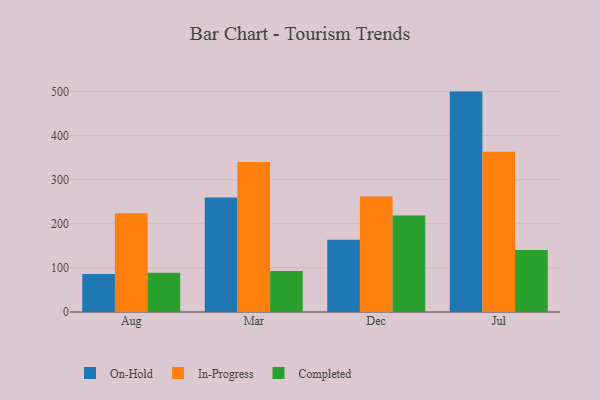
{"axis": {"x": "Month", "y": "Tickets Resolved"}, "legend": ["Completed", "In-Progress", "On-Hold"], "data": [{"x": "Aug", "y": 86.0, "type": "On-Hold"}, {"x": "Aug", "y": 223.9, "type": "In-Progress"}, {"x": "Aug", "y": 88.8, "type": "Completed"}, {"x": "Mar", "y": 259.5, "type": "On-Hold"}, {"x": "Mar", "y": 339.9, "type": "In-Progress"}, {"x": "Mar", "y": 93.0, "type": "Completed"}, {"x": "Dec", "y": 163.7, "type": "On-Hold"}, {"x": "Dec", "y": 261.5, "type": "In-Progress"}, {"x": "Dec", "y": 218.7, "type": "Completed"}, {"x": "Jul", "y": 499.4, "type": "On-Hold"}, {"x": "Jul", "y": 362.9, "type": "In-Progress"}, {"x": "Jul", "y": 140.3, "type": "Completed"}]}